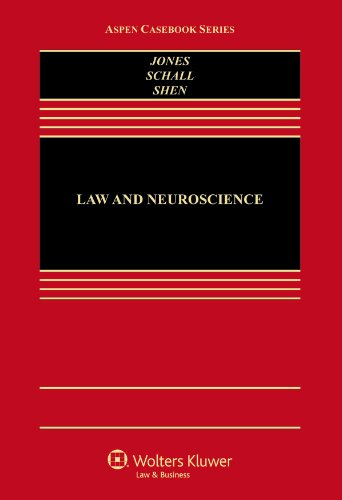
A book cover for Law & Neuroscience (Aspen Casebook); Owen D. Jones; Law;